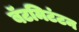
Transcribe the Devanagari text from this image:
बॅटमिटंटन